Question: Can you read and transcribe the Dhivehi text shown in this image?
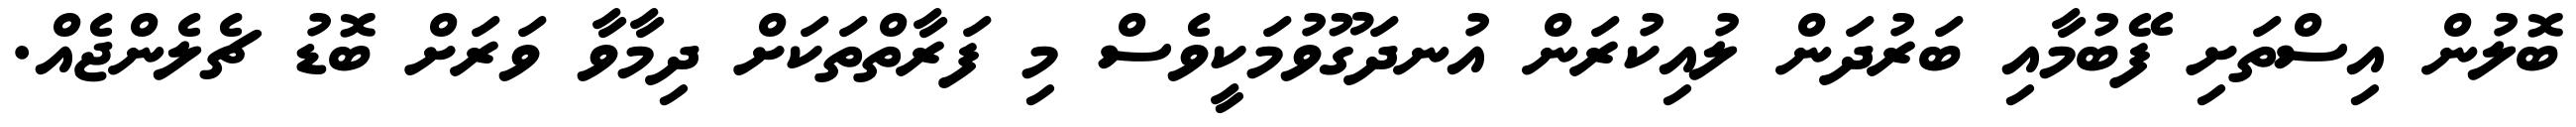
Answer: ބޮލުން އިސްތަށި ފޭބުމާއި ބަރުދަން ލުއިކުރަން އުނދަގޫވުމަކީވެސް މި ފަރާތްތަކަށް ދިމާވާ ވަރަށް ބޮޑު ޗެލެންޖެއް.